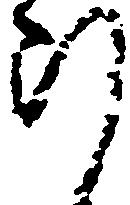
断